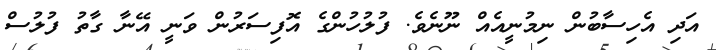
އަދި އެހިސާބުން ނިމުނީއެއް ނޫނެވެ. ފުލުހުންގެ އޮފިސަރުން ވަނީ އޭނާ ގާތު ފުލުސް